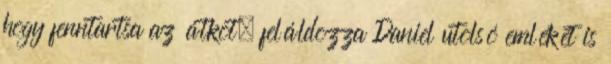
hogy fenntartsa az átkot, feláldozza Daniel utolsó emlékét is